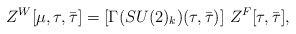
\begin{align*}Z^{W}[\mu,\tau, \bar{\tau}]=[\Gamma(SU(2)_k)(\tau, {\bar\tau})]~Z^F[\tau, {\bar \tau}],\end{align*}